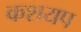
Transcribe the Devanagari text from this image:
कशयप